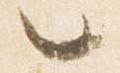
言